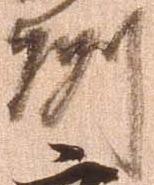
州